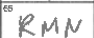
Transcription: RMN